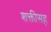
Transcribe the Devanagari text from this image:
शक्तीसह